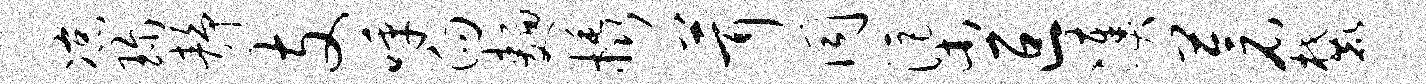
凉珍静支呼向面橇茸同渠叵凑苍麓